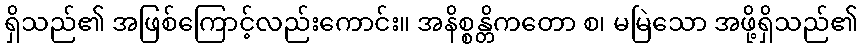
ရှိသည်၏ အဖြစ်ကြောင့်လည်းကောင်း။ အနိစ္စန္တိကတော စ၊ မမြဲသော အဖို့ရှိသည်၏